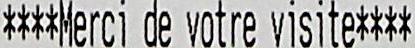
****MERCI DE VOTRE VISITE****